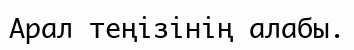
Арал теңізінің алабы.